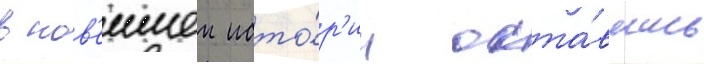
в нов'еишеи исто́р'ии оста́вшись